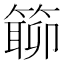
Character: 𥲊